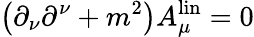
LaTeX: \left(\partial_{\nu}\partial^{\nu}+m^{2}\right)A_{\mu}^{\mathrm{lin}}=0